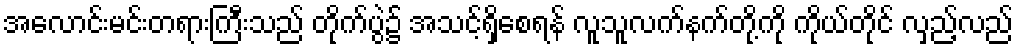
အလောင်းမင်းတရားကြီးသည် တိုက်ပွဲ၌ အသင့်ရှိစေရန် လူသူလက်နက်တို့ကို ကိုယ်တိုင် လှည့်လည်